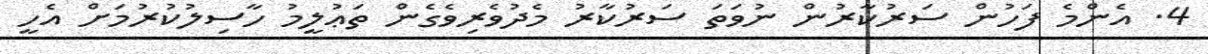
4. އެންމެ ފަހުން ސަރުކާރުން ނުވަތަ ސަރުކާރު މެދުވެރިވެގެން ތަޢުލީމު ހާސިލުކުރުމަށް އެހީ